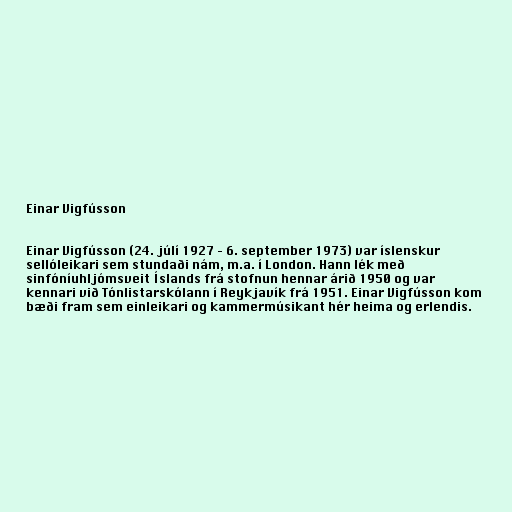
Einar Vigfússon

Einar Vigfússon (24. júlí 1927 – 6. september 1973) var íslenskur
sellóleikari sem stundaði nám, m.a. í London. Hann lék með
sinfóníuhljómsveit Íslands frá stofnun hennar árið 1950 og var
kennari við Tónlistarskólann í Reykjavík frá 1951. Einar Vigfússon kom
bæði fram sem einleikari og kammermúsikant hér heima og erlendis.